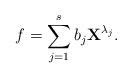
LaTeX: \begin{align*}f=\sum_{j=1}^sb_j\textbf{X}^{\lambda_j}.\end{align*}